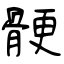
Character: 骾